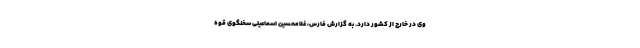
وی در خارج از کشور دارد. به گزارش فارس، غلامحسین اسماعیلی سخنگوی قوه